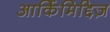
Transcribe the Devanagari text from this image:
आर्किमिद्दिज़